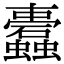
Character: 蠹